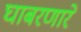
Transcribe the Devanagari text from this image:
घाबरणारे